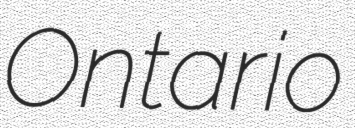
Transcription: Ontario